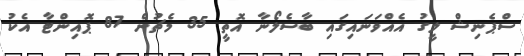
ސްޕެނިޝް ލީގު އެއްވަނައިގައި ބާސެލޯނާ އޮތީ 35 މެޗުން 87 ޕޮއިންޓާ އެކު